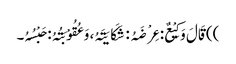
)) قَالَ وَکِیْعٌ: عِرْضَہُ: شَکَایَتَہُ، وَعُقُوْبَتُہُ: حَبْسُہُ۔